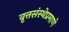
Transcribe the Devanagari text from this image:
वृत्तसंस्थेप्रमाणे